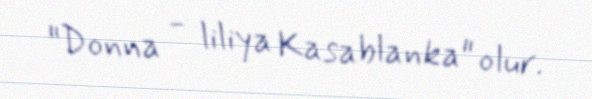
"Donna - liliya Kasablanka" olur.